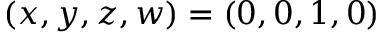
( x , y , z , w ) = ( 0 , 0 , 1 , 0 )